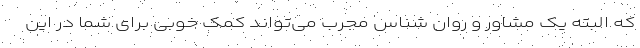
که البته یک مشاور و روان شناس مجرب می‌تواند کمک خوبی برای شما در این